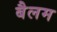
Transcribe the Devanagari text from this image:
बैलम